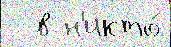
  в н'икто́